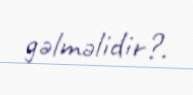
gəlməlidir?.